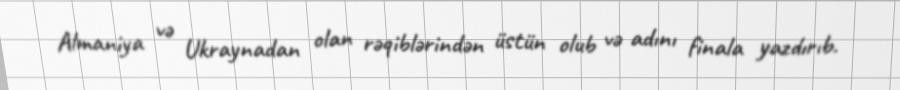
Almaniya və Ukraynadan olan rəqiblərindən üstün olub və adını finala yazdırıb.